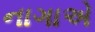
નાગાએ